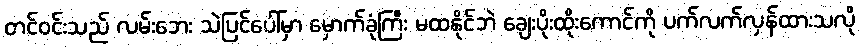
တင်ဝင်းသည် လမ်းဘေး သဲပြင်ပေါ်မှာ မှောက်ခုံကြီး မထနိုင်ဘဲ ချေးပိုးထိုးကောင်ကို ပက်လက်လှန်ထားသလို